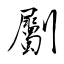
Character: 劚